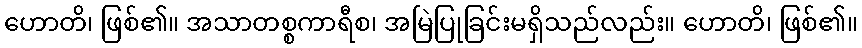
ဟောတိ၊ ဖြစ်၏။ အသာတစ္စကာရီစ၊ အမြဲပြုခြင်းမရှိသည်လည်း။ ဟောတိ၊ ဖြစ်၏။